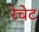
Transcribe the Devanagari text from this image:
रेचेट